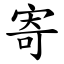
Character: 寄